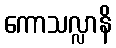
ကောသလ္လာနိ